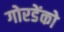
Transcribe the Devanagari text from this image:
गोरडेंको